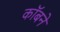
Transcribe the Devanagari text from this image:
कॉबने